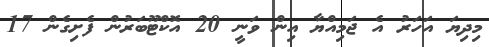
މިދިޔަ އަހަރު އެ ޖަމިއްޔާ އިން ވަނީ 20 އޮކްޓޫބަރުން ފެށިގެން 17